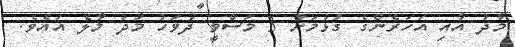
މާދު އާއި އަހަރެންގެ ގުޅުމަށް 3 މަސްވީ ދުވަހު މާދު މާލެ އައެވެ.